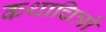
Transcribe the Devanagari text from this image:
कथाचित्रों